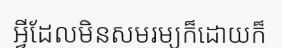
អ្វីដែលមិនសមរម្យក៏ដោយក៏